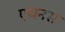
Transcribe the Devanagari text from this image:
एथनस